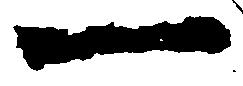
一